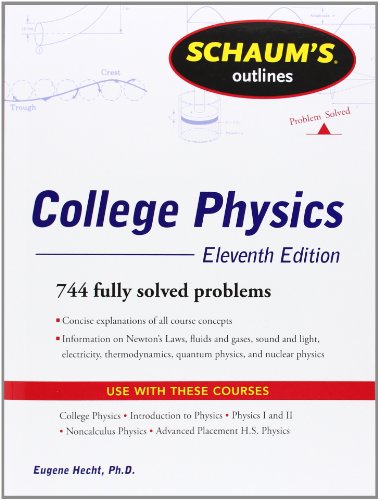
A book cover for Schaum's Outline of College Physics, 11th Edition (Schaum's Outlines); Frederick Bueche; Test Preparation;